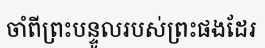
ចាំពីព្រះបន្ទូលរបស់ព្រះផងដែរ